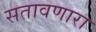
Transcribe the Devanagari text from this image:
सतावणारा